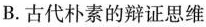
B.古代朴素的辩证思维